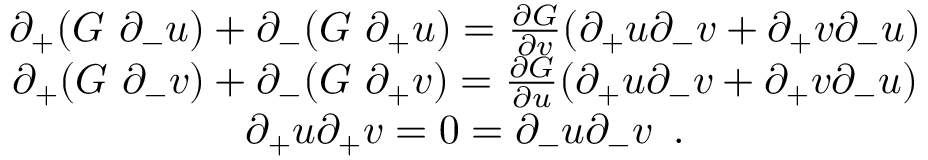
\begin{array} { c } { { \partial _ { + } ( G \, \, \partial _ { - } u ) + \partial _ { - } ( G \, \, \partial _ { + } u ) = \frac { \partial G } { \partial v } ( \partial _ { + } u \partial _ { - } v + \partial _ { + } v \partial _ { - } u ) } } \\ { { \partial _ { + } ( G \, \, \partial _ { - } v ) + \partial _ { - } ( G \, \, \partial _ { + } v ) = \frac { \partial G } { \partial u } ( \partial _ { + } u \partial _ { - } v + \partial _ { + } v \partial _ { - } u ) } } \\ { { \partial _ { + } u \partial _ { + } v = 0 = \partial _ { - } u \partial _ { - } v \, \, \, . } } \end{array}